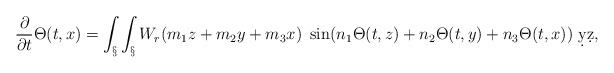
\begin{align*}\frac{\partial}{\partial t} \Theta(t,x) = \int_\S \int_\S W_r(m_1z + m_2 y + m_3 x)~\sin(n_1\Theta(t,z) + n_2\Theta(t,y) + n_3\Theta(t,x)) \ \d y \d z,\end{align*}